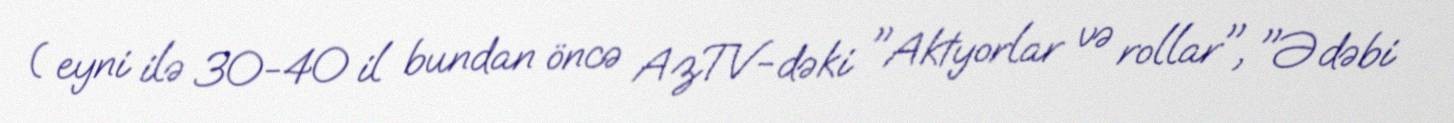
( eyni ilə 30-40 il bundan öncə AzTV-dəki "Aktyorlar və rollar", "Ədəbi